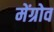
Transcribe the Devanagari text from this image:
मेंग्रोव